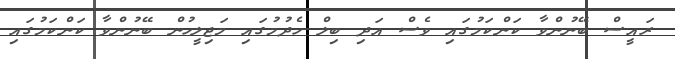
ރައީސް ބޭނުންވާ ކަންކަމުގައި ވެސް އަދި ބިލް ހެދުމުގައި މަޖިލީހުން ބޭނުންވާ ކަންކަމުގައި